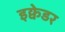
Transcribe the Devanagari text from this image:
इक्वेडर